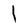
Character: l